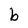
Character: b